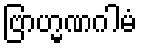
ဗြာဟ္မဏဂါမံ